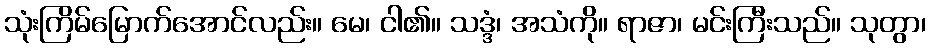
သုံးကြိမ်မြောက်အောင်လည်း။ မေ၊ ငါ၏။ သဒ္ဒံ၊ အသံကို။ ရာဇာ၊ မင်းကြီးသည်။ သုတွာ၊